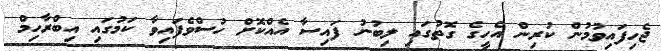
ޖެހިފައިވުމުން ކުރިން އެހީގެ ގޮތުގައި ލިބުނު ފައިސާ އެއްކޮށް ހުސްވެފައިވާ ކަމުގައި އިބްރާހިމް